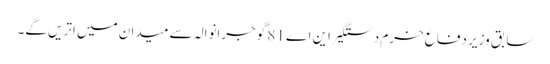
سابق وزیر دفاع خرم دستگیر این اے 81 گوجرانوالہ سے میدان میں اتریں گے۔